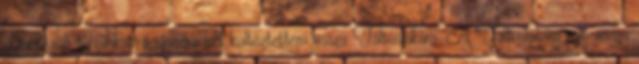
gyömöszölt ruháinkat-ágynemûinket költõztettem vissza Táltoslakára. A Táltoslakára való vissza